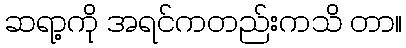
ဆရာ့ကို အရင်ကတည်းကသိ တာ။